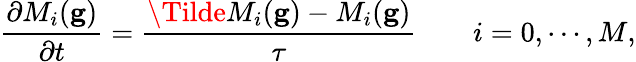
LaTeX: \frac{\partial M_{i}(\mathbf{g})}{\partial t}=\frac{\Tilde{M}_{i}(\mathbf{g})-M_{i}(\mathbf{g})}{\tau}\quad\quad i=0,\cdots,M,